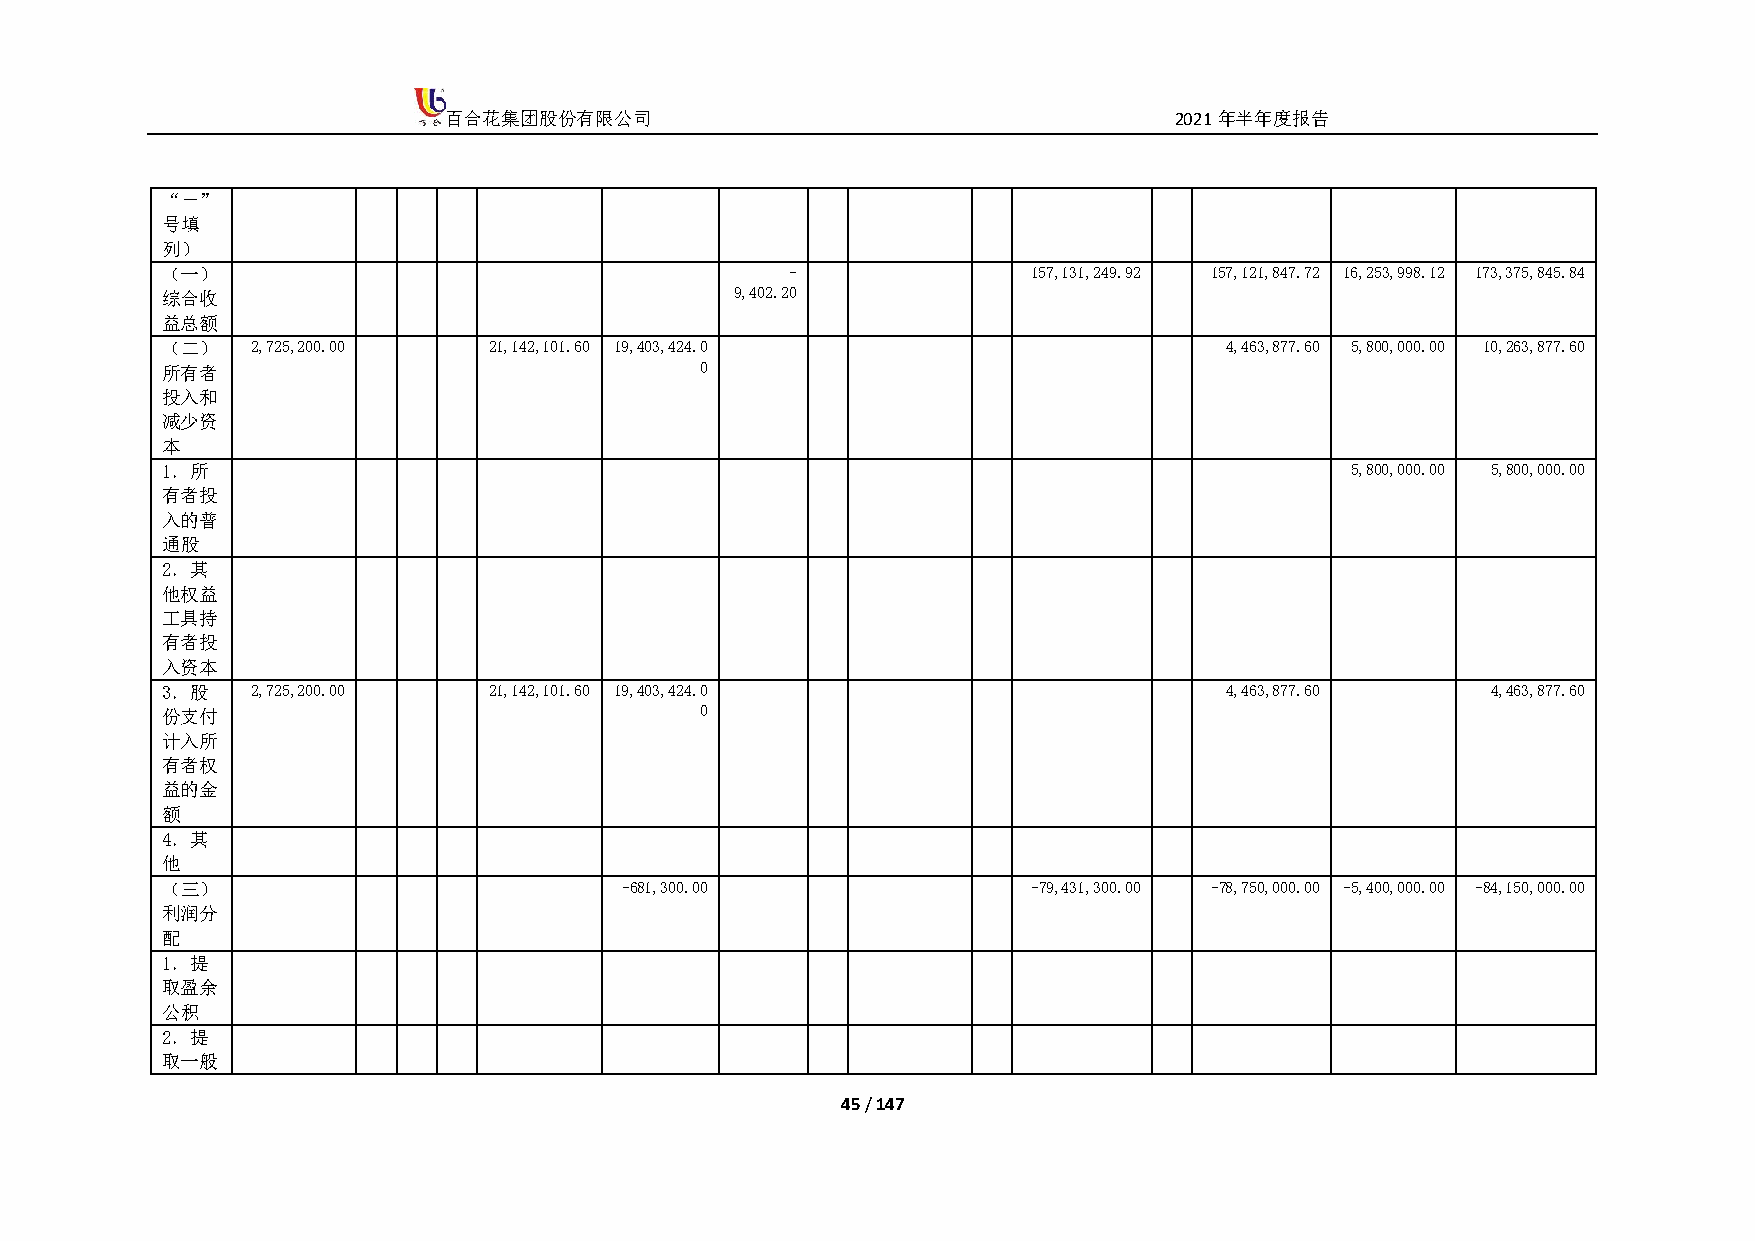
百合花集团股份有限公司                                      2021年半年度报告
 “－”
 号填
 列）
 （一）                                      -               157,131,249.92 157,121,847.72 16,253,998.12 173,375,845.84
 综合收                                   9,402.20
 益总额
 （二）   2,725,200.00   21,142,101.60 19,403,424.0                       4,463,877.60 5,800,000.00 10,263,877.60
 所有者                                0
 投入和
 减少资
 本
 1．所                                                                           5,800,000.00 5,800,000.00
 有者投
 入的普
 通股
 2．其
 他权益
 工具持
 有者投
 入资本
 3．股   2,725,200.00   21,142,101.60 19,403,424.0                       4,463,877.60      4,463,877.60
 份支付                                0
 计入所
 有者权
 益的金
 额
 4．其
 他
 （三）                           -681,300.00                -79,431,300.00 -78,750,000.00 -5,400,000.00 -84,150,000.00
 利润分
 配
 1．提
 取盈余
 公积
 2．提
 取一般
 45 / 147